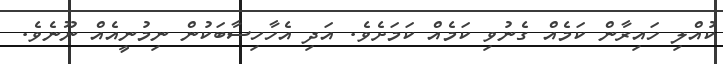
ކުއްލި ހައިރާން ކަމެއް ގެނުވި ކަމެއް ކަމަށެވެ. އަދި އެހާހިސާބަކުން ނިމުނީއެއް ނޫނެވެ.